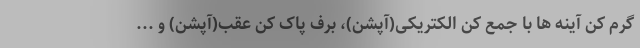
گرم کن آینه ها با جمع کن الکتریکی(آپشن)، برف پاک کن عقب(آپشن) و ...